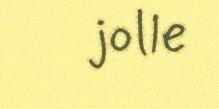
jolle